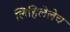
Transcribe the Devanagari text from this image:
लिहिलेलेच